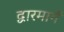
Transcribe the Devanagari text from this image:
द्वारमार्ग